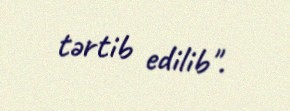
tərtib edilib".